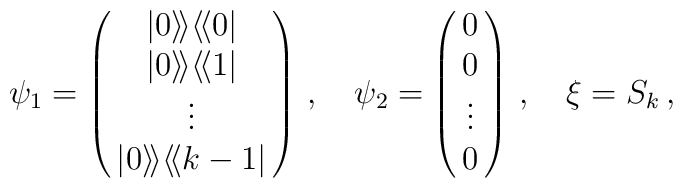
\psi_1 =\left( \begin{array}{@{\,}c@{\,}}    |0\rangle\!\rangle \langle\!\langle 0 |  \\    |0\rangle\!\rangle \langle\!\langle 1 |  \\      \vdots               \\    |0\rangle\!\rangle \langle\!\langle k-1 |  \\  \end{array}  \right) \,,\quad \psi_2=\left( \begin{array}{@{\,}c@{\,}}    0  \\    0  \\      \vdots               \\    0  \\  \end{array}  \right)\,,\quad   \xi =S_k\,,